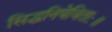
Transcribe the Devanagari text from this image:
सिद्धनिषेविताः॥